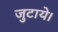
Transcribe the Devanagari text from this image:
जुटाये।